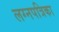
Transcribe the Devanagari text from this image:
लग्नपत्रिका